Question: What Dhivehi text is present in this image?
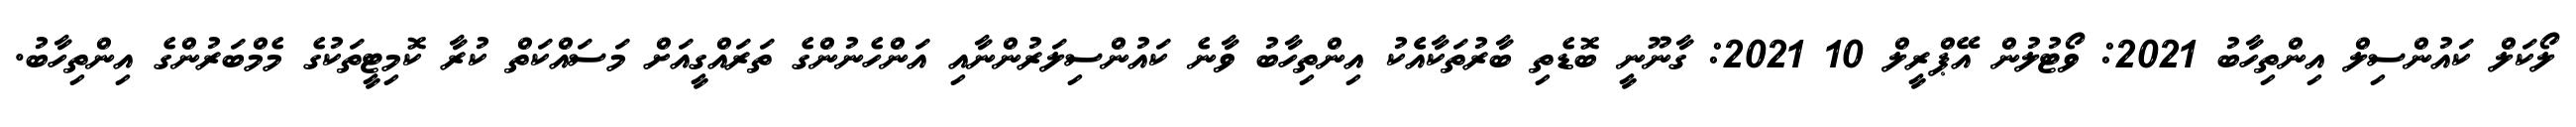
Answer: ލޯކަލް ކައުންސިލް އިންތިހާބު 2021: ވޯޓުލުން އޭޕްރީލް 10 2021: ގާނޫނީ ބޮޑެތި ބާރުތަކާއެެކު އިންތިހާބު ވާނެ ކައުންސިލަރުންނާއި އަންހެނުންގެ ތަރައްގީއަށް މަސައްކަތް ކުރާ ކޮމިޓީތަކުގެ މެމްބަރުންގެ އިންތިހާބު.